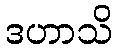
ဒဟာသိ